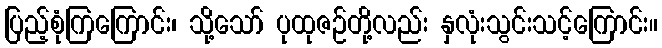
ပြည့်စုံကြကြောင်း၊ သို့သော် ပုထုဇဉ်တို့လည်း နှလုံးသွင်းသင့်ကြောင်း။